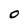
Character: O